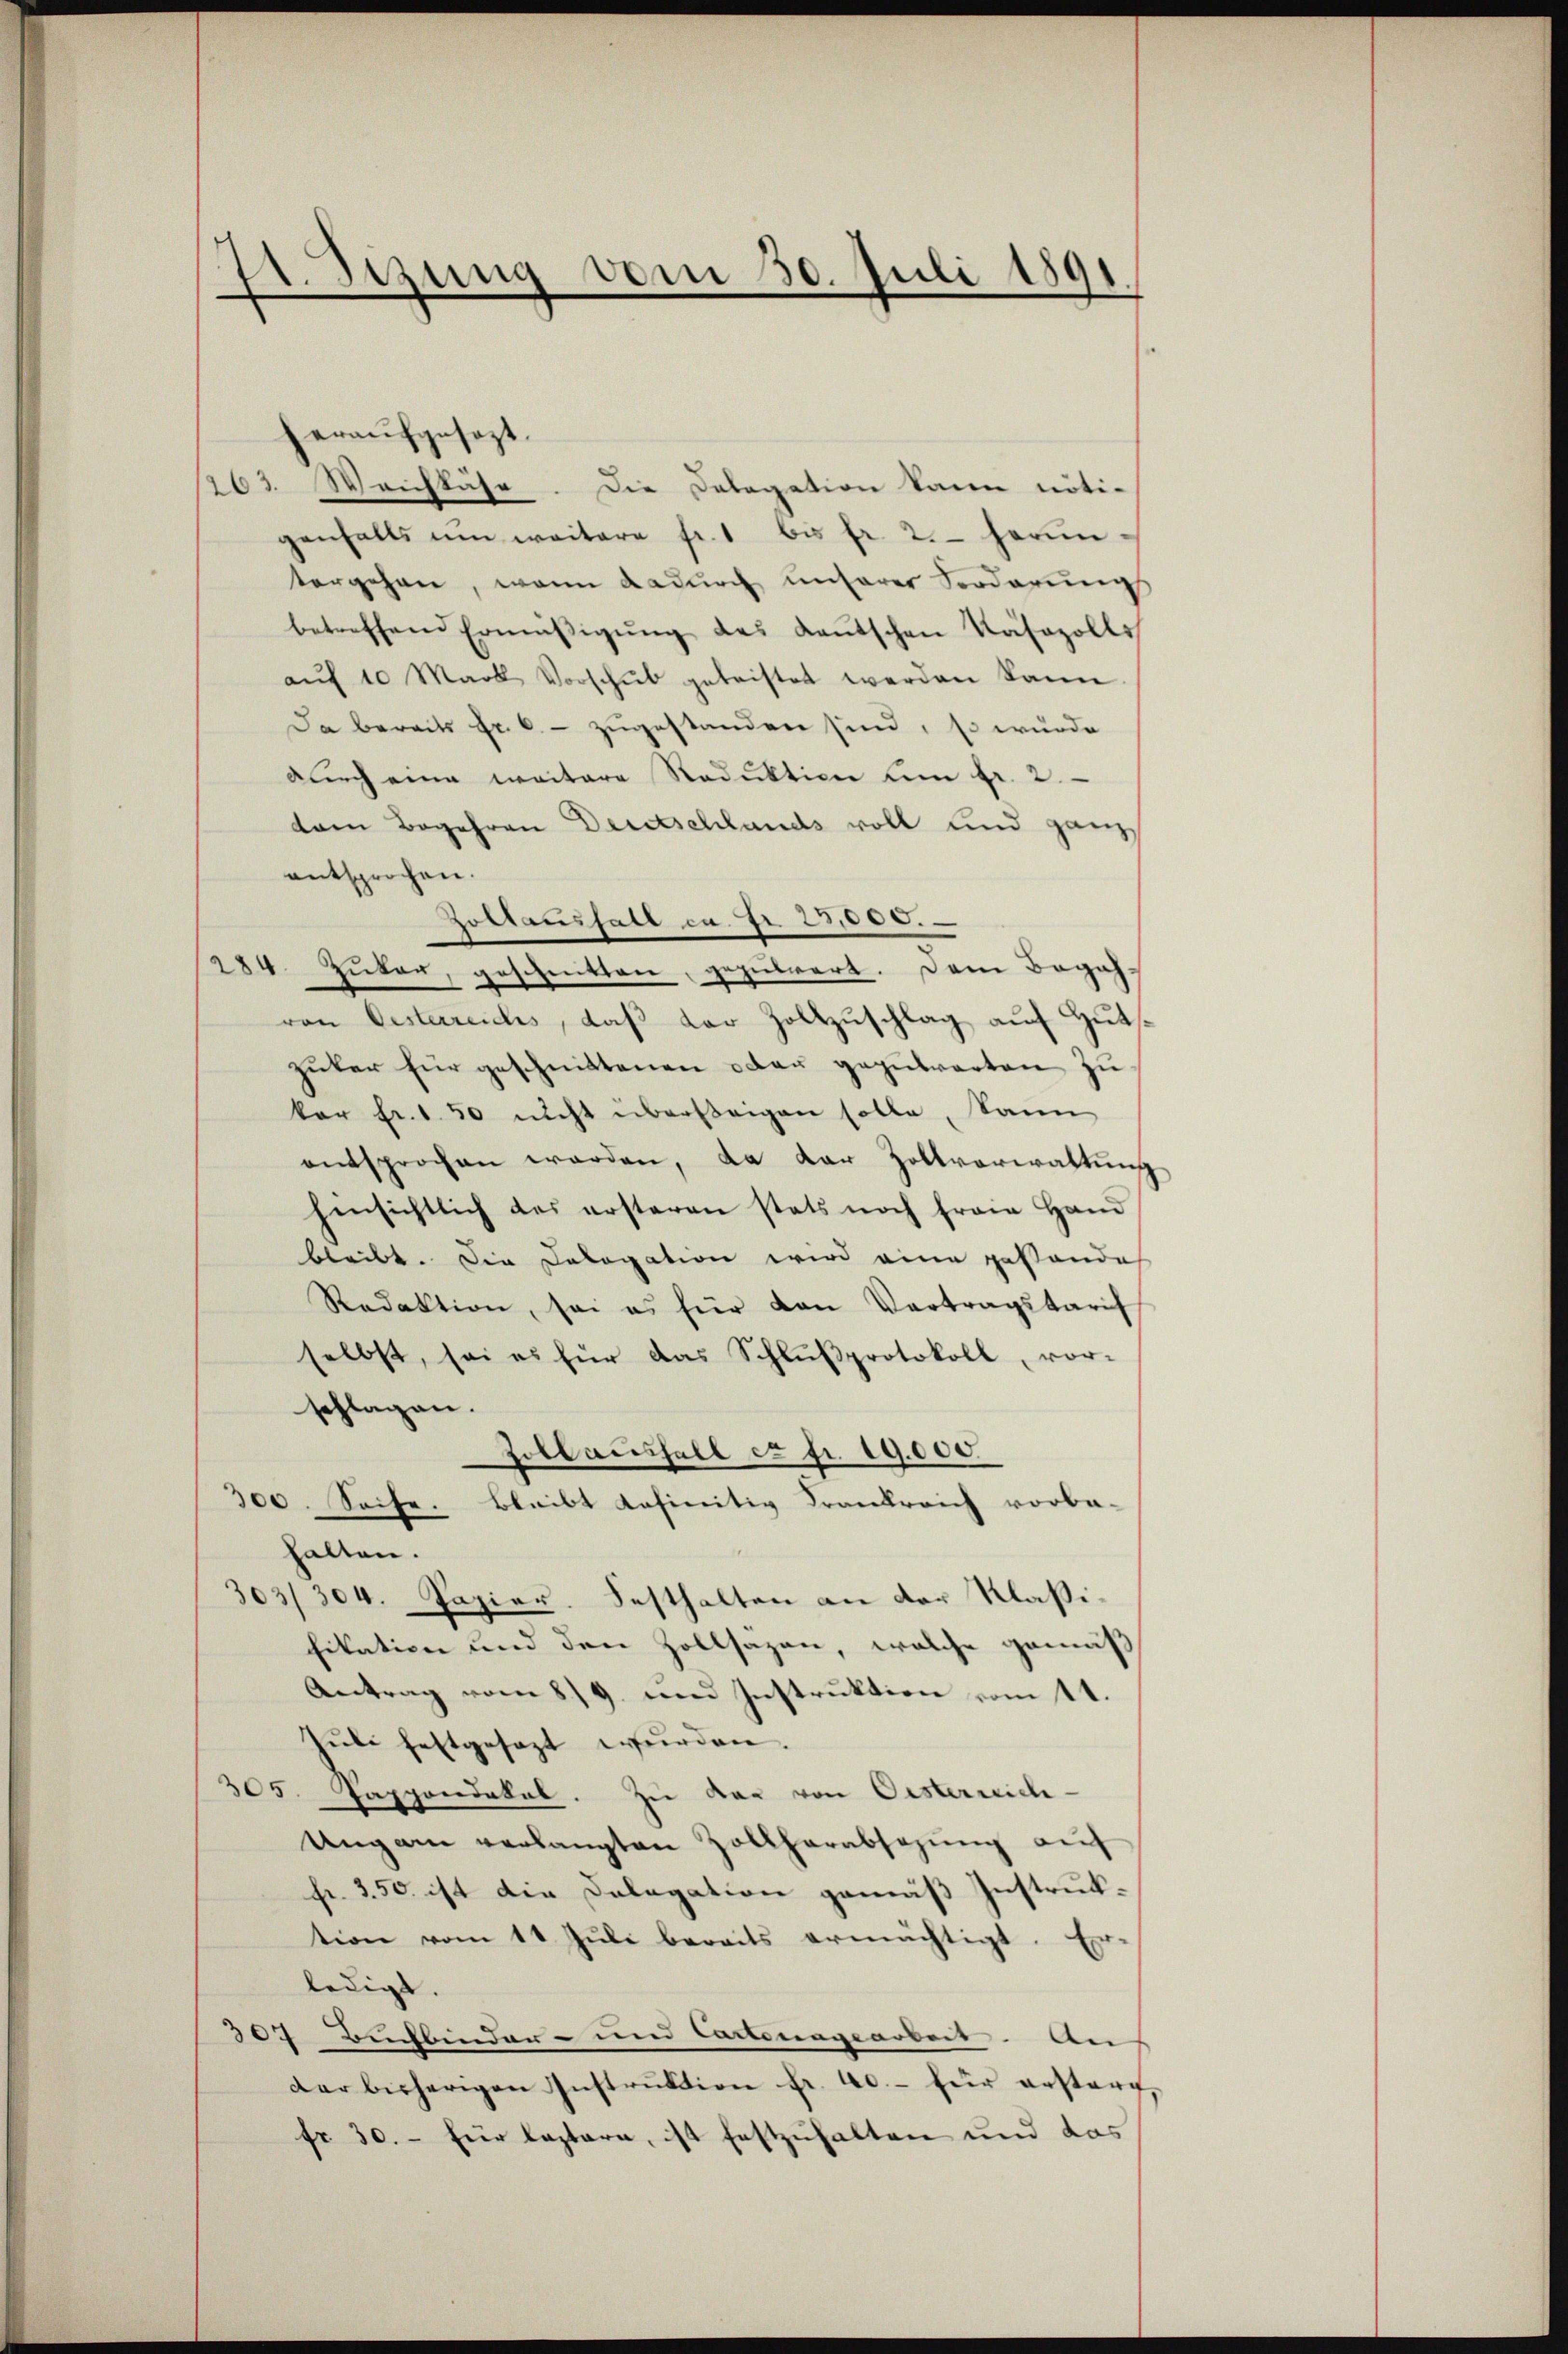
izung vom 30. Juli 1891

heraufgesezt.
1263. Weichtähr. Die Dalogation kann nötigenfalls um weitere fr. 1 bis fr. 2. herun
tergehen, wenn dadurch unserer Forderungs
betreffend Ermäβigŭng des Kantschen Käsozolls
aŭf 10 Marob Vorschŭb geleistet werden kann.
Da bereits Fr. 6. zugestanden sind, so würde
durch eine weitere Reduktion dem fr. 2.
der Begehren Deutschlands voll und ganz
entsprochen.
Zoltausfall ca Fr. 25,000.
284. Güter, geschnitten, geputiert. Dem Begeh-
von Oesterreiches, daß der Zollzuschlag auf Hutsgüter für geschnittenen oder gegebarten zu
kar Fr. 1.50 nicht übersteigen solle, kann
entsprochen werden, da der Zollverwaltŭng
hinsichtlich des ersteren stets noch freie Hand
bleibt. Die Dalogation wird eine gestandes
Redaktion, sei es für den Vertragskaris
selbst, sei es für das Schlŭβprotokoll, vor-
schlagen.
Zollausfall es fr. 19,000.
300. Seife. bleibt definitiv Krankreich vorba-
halten.
303/304. Papier. Festhalten an der Klaßifikation und den Zollsazen, welche gemäß
Antrag vom 8./9. und Instruktion vom 11.
Juli festgesezt wurden.
305. Pappandakal. Zu der von Oesterreich-
Ungarn verlangten Zollherabsezung auf
fr. 350 ist die Delegation gemäß Instruktion vom 11. Jŭli bereits ermächtigt. Er-
ledigt.
307 Buchbinder- und Cantonagearbeit. An
dar bisherigen Instrŭktion fr. 40.- für erstorf,
fr. 30. - für leztere, ist festzuhalten und das